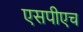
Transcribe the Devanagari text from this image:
एसपीएच